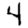
Digit: 4